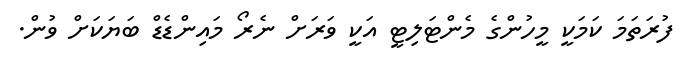
ފުރަތަމަ ކަމަކީ މީހުންގެ މެންޓަލިޓީ އަކީ ވަރަށް ނެރޯ މައިންޑެޑް ބަޔަކަށް ވުން.